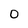
Character: 0